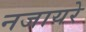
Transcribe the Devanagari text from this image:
नजायरे